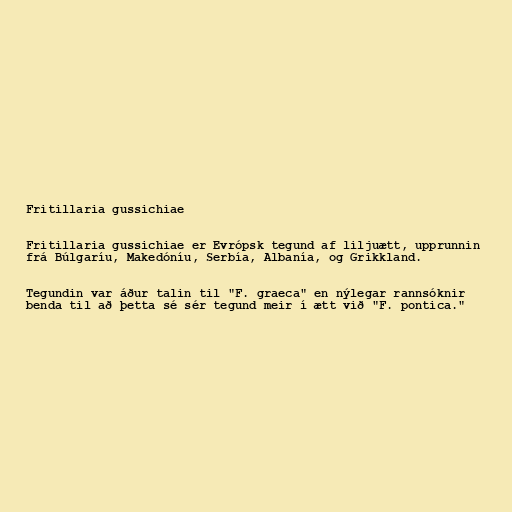
Fritillaria gussichiae

Fritillaria gussichiae er Evrópsk tegund af liljuætt, upprunnin
frá Búlgaríu, Makedóníu, Serbía, Albanía, og Grikkland.

Tegundin var áður talin til "F. graeca" en nýlegar rannsóknir
benda til að þetta sé sér tegund meir í ætt við "F. pontica."